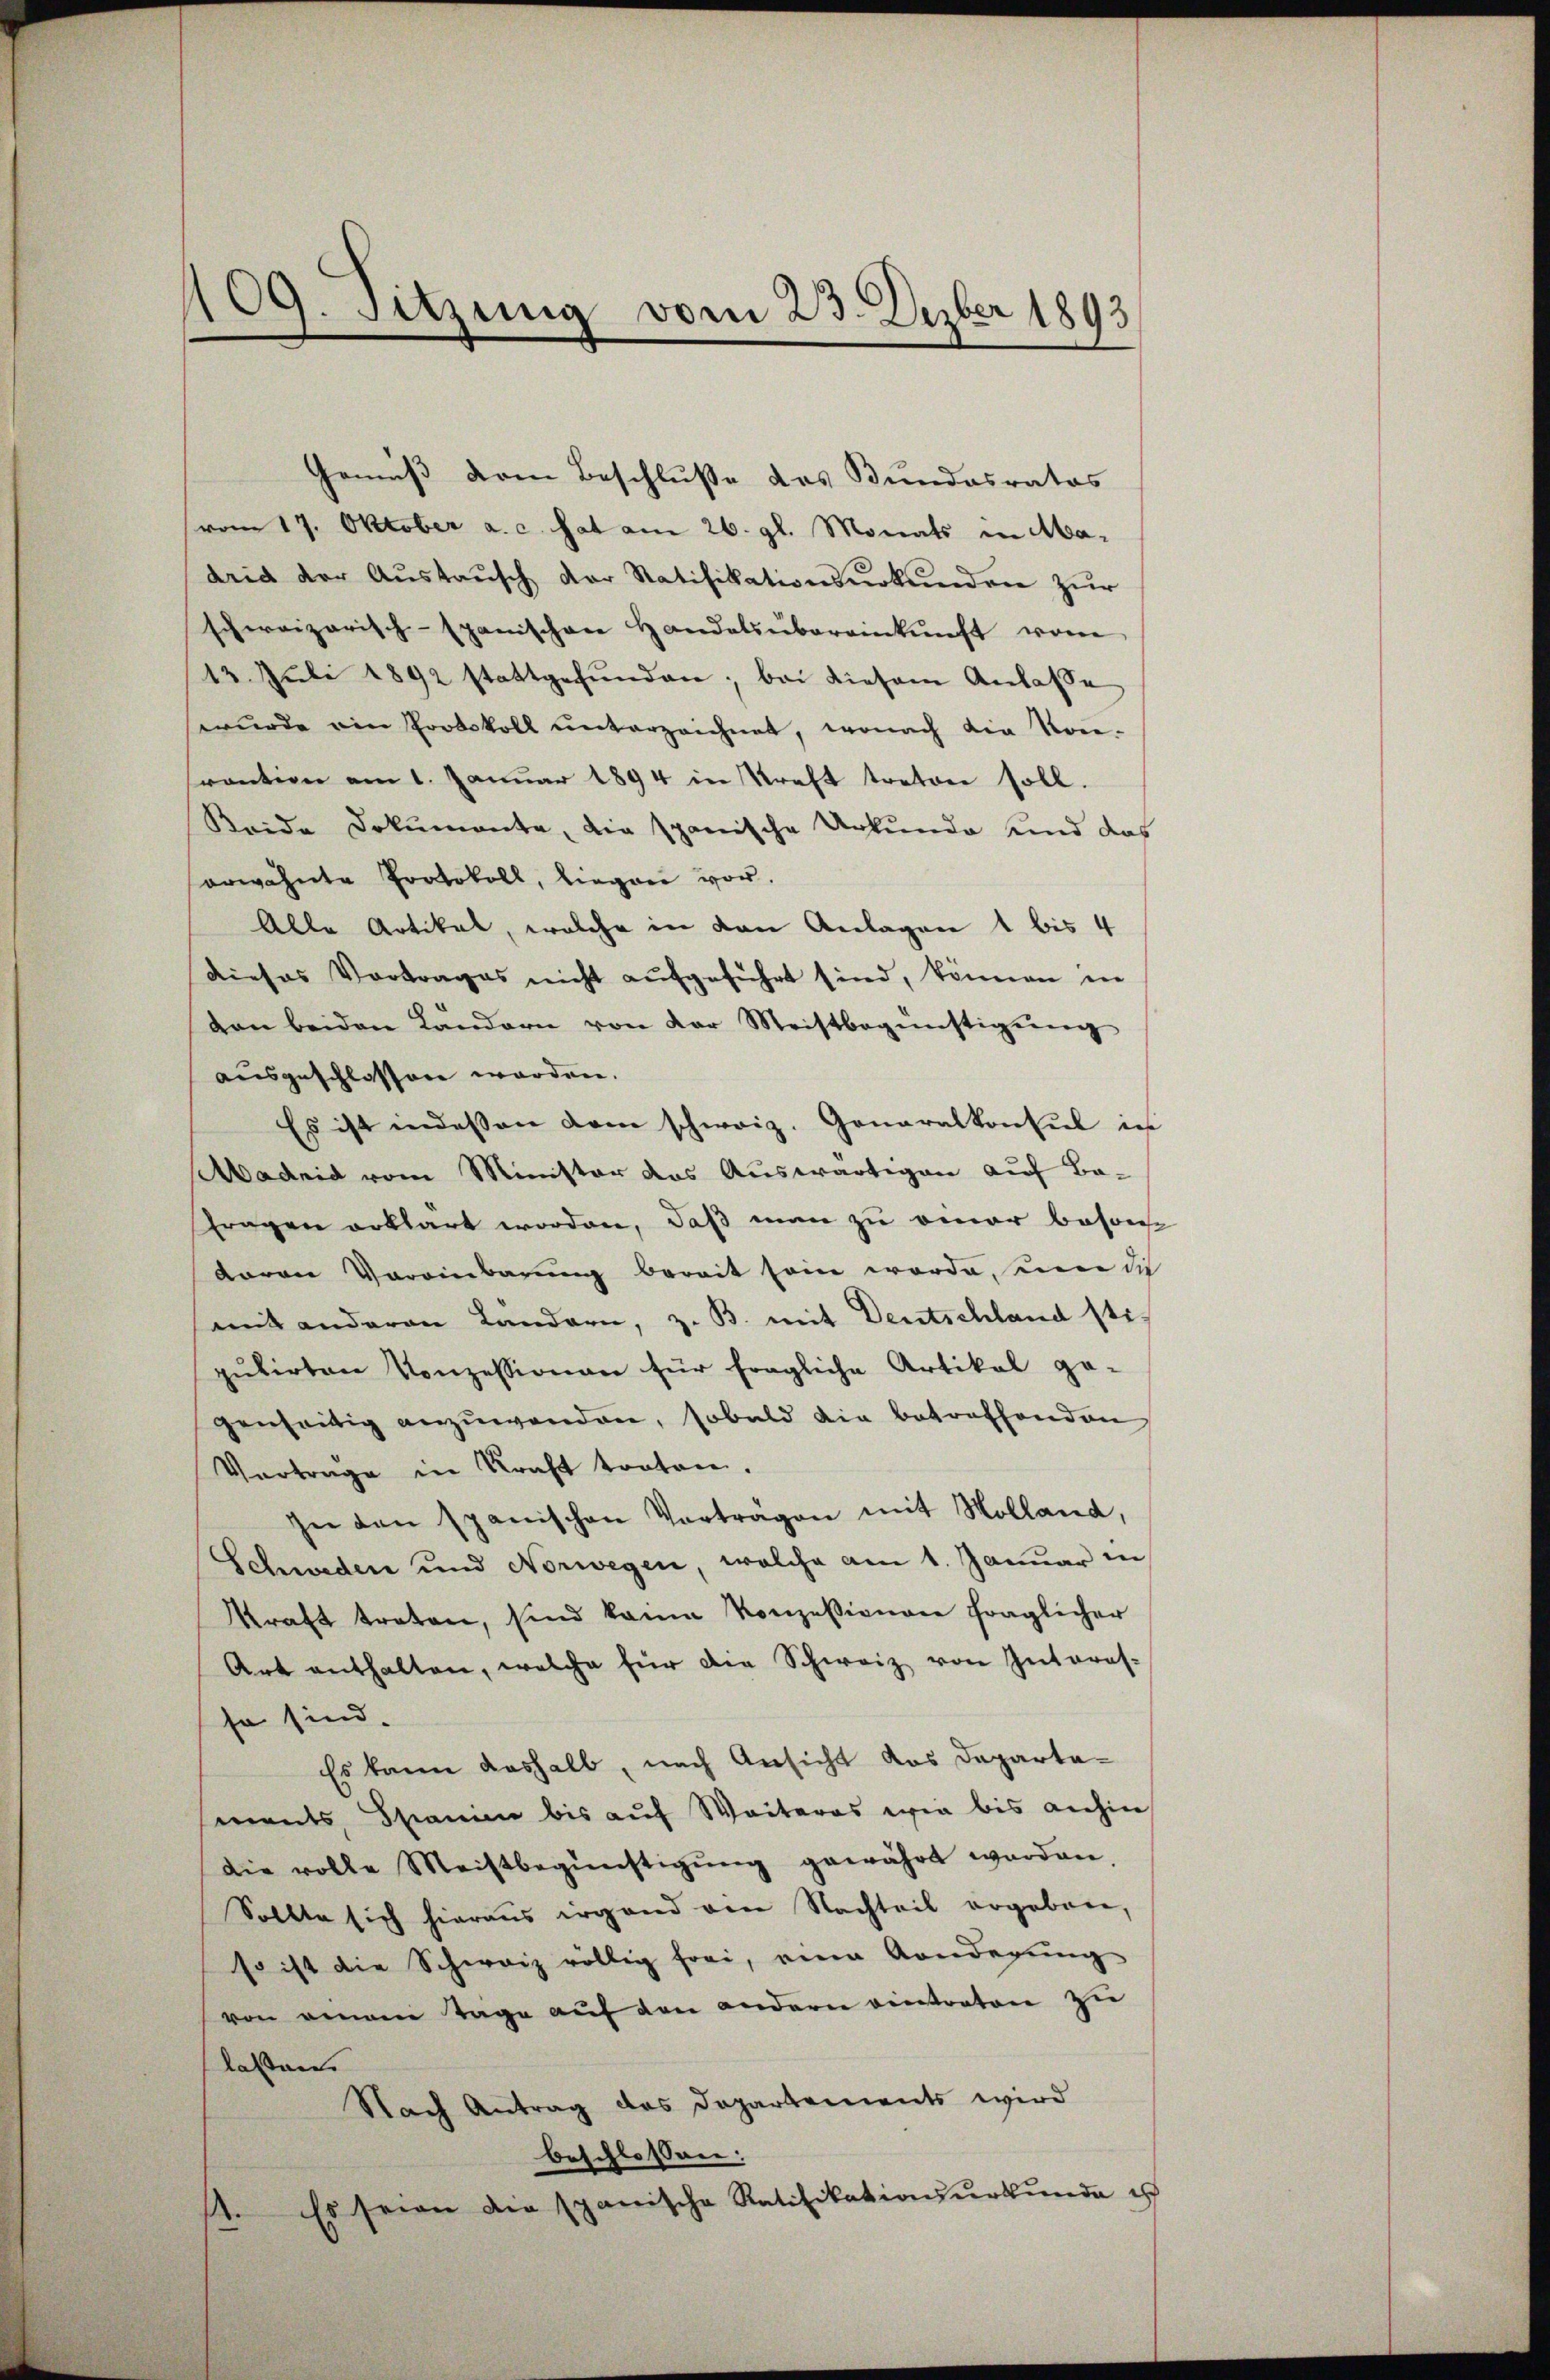
109. Sitzung vom 23. Dezber 1893

vom 17. Oktober a. c. hat am 26. gl. Monats in Madrid der Aŭstaŭsch der Ratifikationsŭrkŭnden zur
schweizerisch-spanischen Handelsübereinkunft vom
13. Juli 1892 stattgefŭnden; bei diesem Anlasse
wŭrde ein Protokoll ŭnterzeichnet, wonach die Kon-
srantion am 1. Januar 1894 in Kraft treten soll.
Reide Dokumente, die spanische Urkunde und das
erwähnte Protokoll, liegen vor.
Alle Artikel, welche in den Anlagen 1 bis 4
Dieses Vortrages nicht aufgeführt sind, können in
don beiden Landern von der Meistbegünstigŭng
ausgeschlossen worden.
Es ist indessen dem schweiz. Generalkonsul in
Madrid vom Minister das Auswärtigen auf Ba-
fragen erklärt worden, daß man zu einer beson
daran Vereinbarung bereit sein werde, um die
mit anderen Landern, z. B. mit Deutschland sti
pŭlirten Konzessionen für fragliche Artikal ge-
genheitig anzuwenden, sobald die betreffenden
Vertrage in Kraft troten.
In den spanischen Vortragen mit Holland,
Schweden und Norwegen, welche am 1. Januar in
Kraft treten, sind keine Konzessionen fraglicher
Art enthalten, welche für die Schweiz von Interes-
so sind.
Es kann deshalb, nach Ansicht das Departaments, Spanien bis auf Weiteres wie bis anhin
die volle Meistbegünstigŭng gewährt werden,
Sollte sich hieraus irgend ein Nachteil ergeben,
so ist die Schweiz völlig frei, eine Anderŭng
von einem Tage auf den andern ventraten zu
lassen.
Nach Antrag des Departements wird
beschlossen:
1. Es seien die spanische Ratifikationsŭrkŭnde es

Gemäß vom Beschluße des Bundesrates